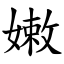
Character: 嫩